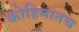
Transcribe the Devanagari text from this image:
कोहिमातच